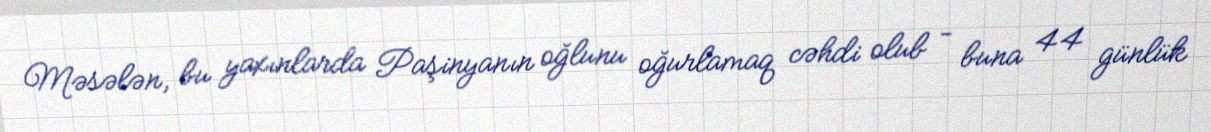
Məsələn, bu yaxınlarda Paşinyanın oğlunu oğurlamaq cəhdi olub - buna 44 günlük